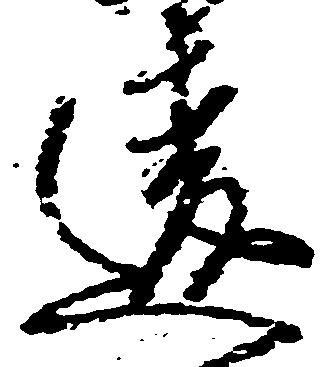
違